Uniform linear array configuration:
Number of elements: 48
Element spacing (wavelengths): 0.25
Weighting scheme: cosine
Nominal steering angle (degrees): -60
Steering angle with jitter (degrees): -59.4
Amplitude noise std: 0.05
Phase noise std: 0.05

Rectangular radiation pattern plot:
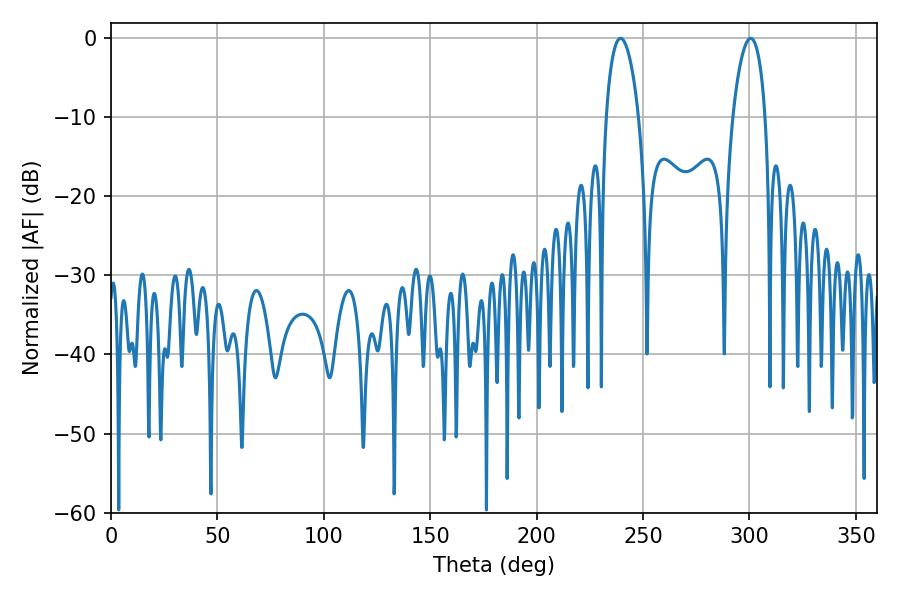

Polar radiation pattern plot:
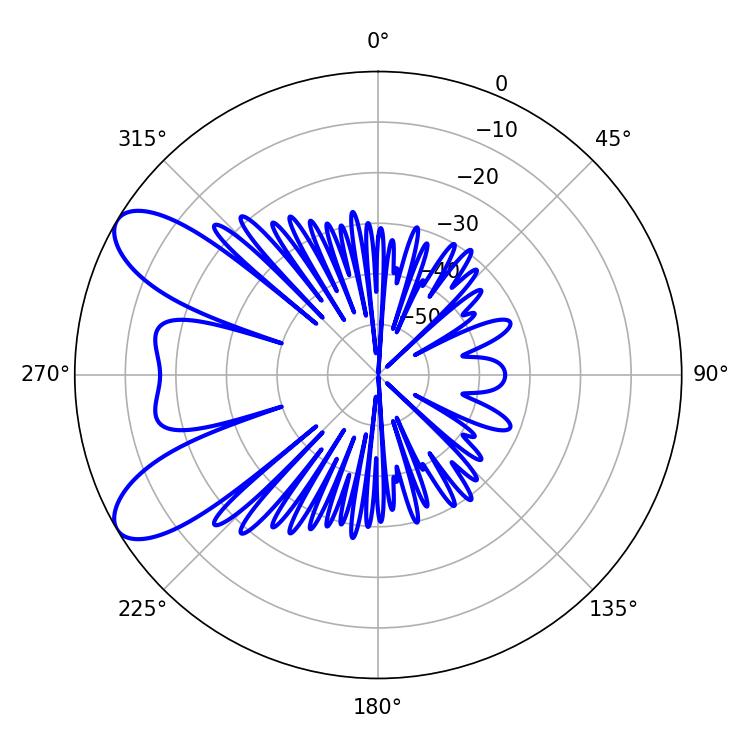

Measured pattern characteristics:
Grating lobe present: FALSE
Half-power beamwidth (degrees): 8.64
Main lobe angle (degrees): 239.4